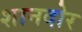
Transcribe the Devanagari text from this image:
शानदोर